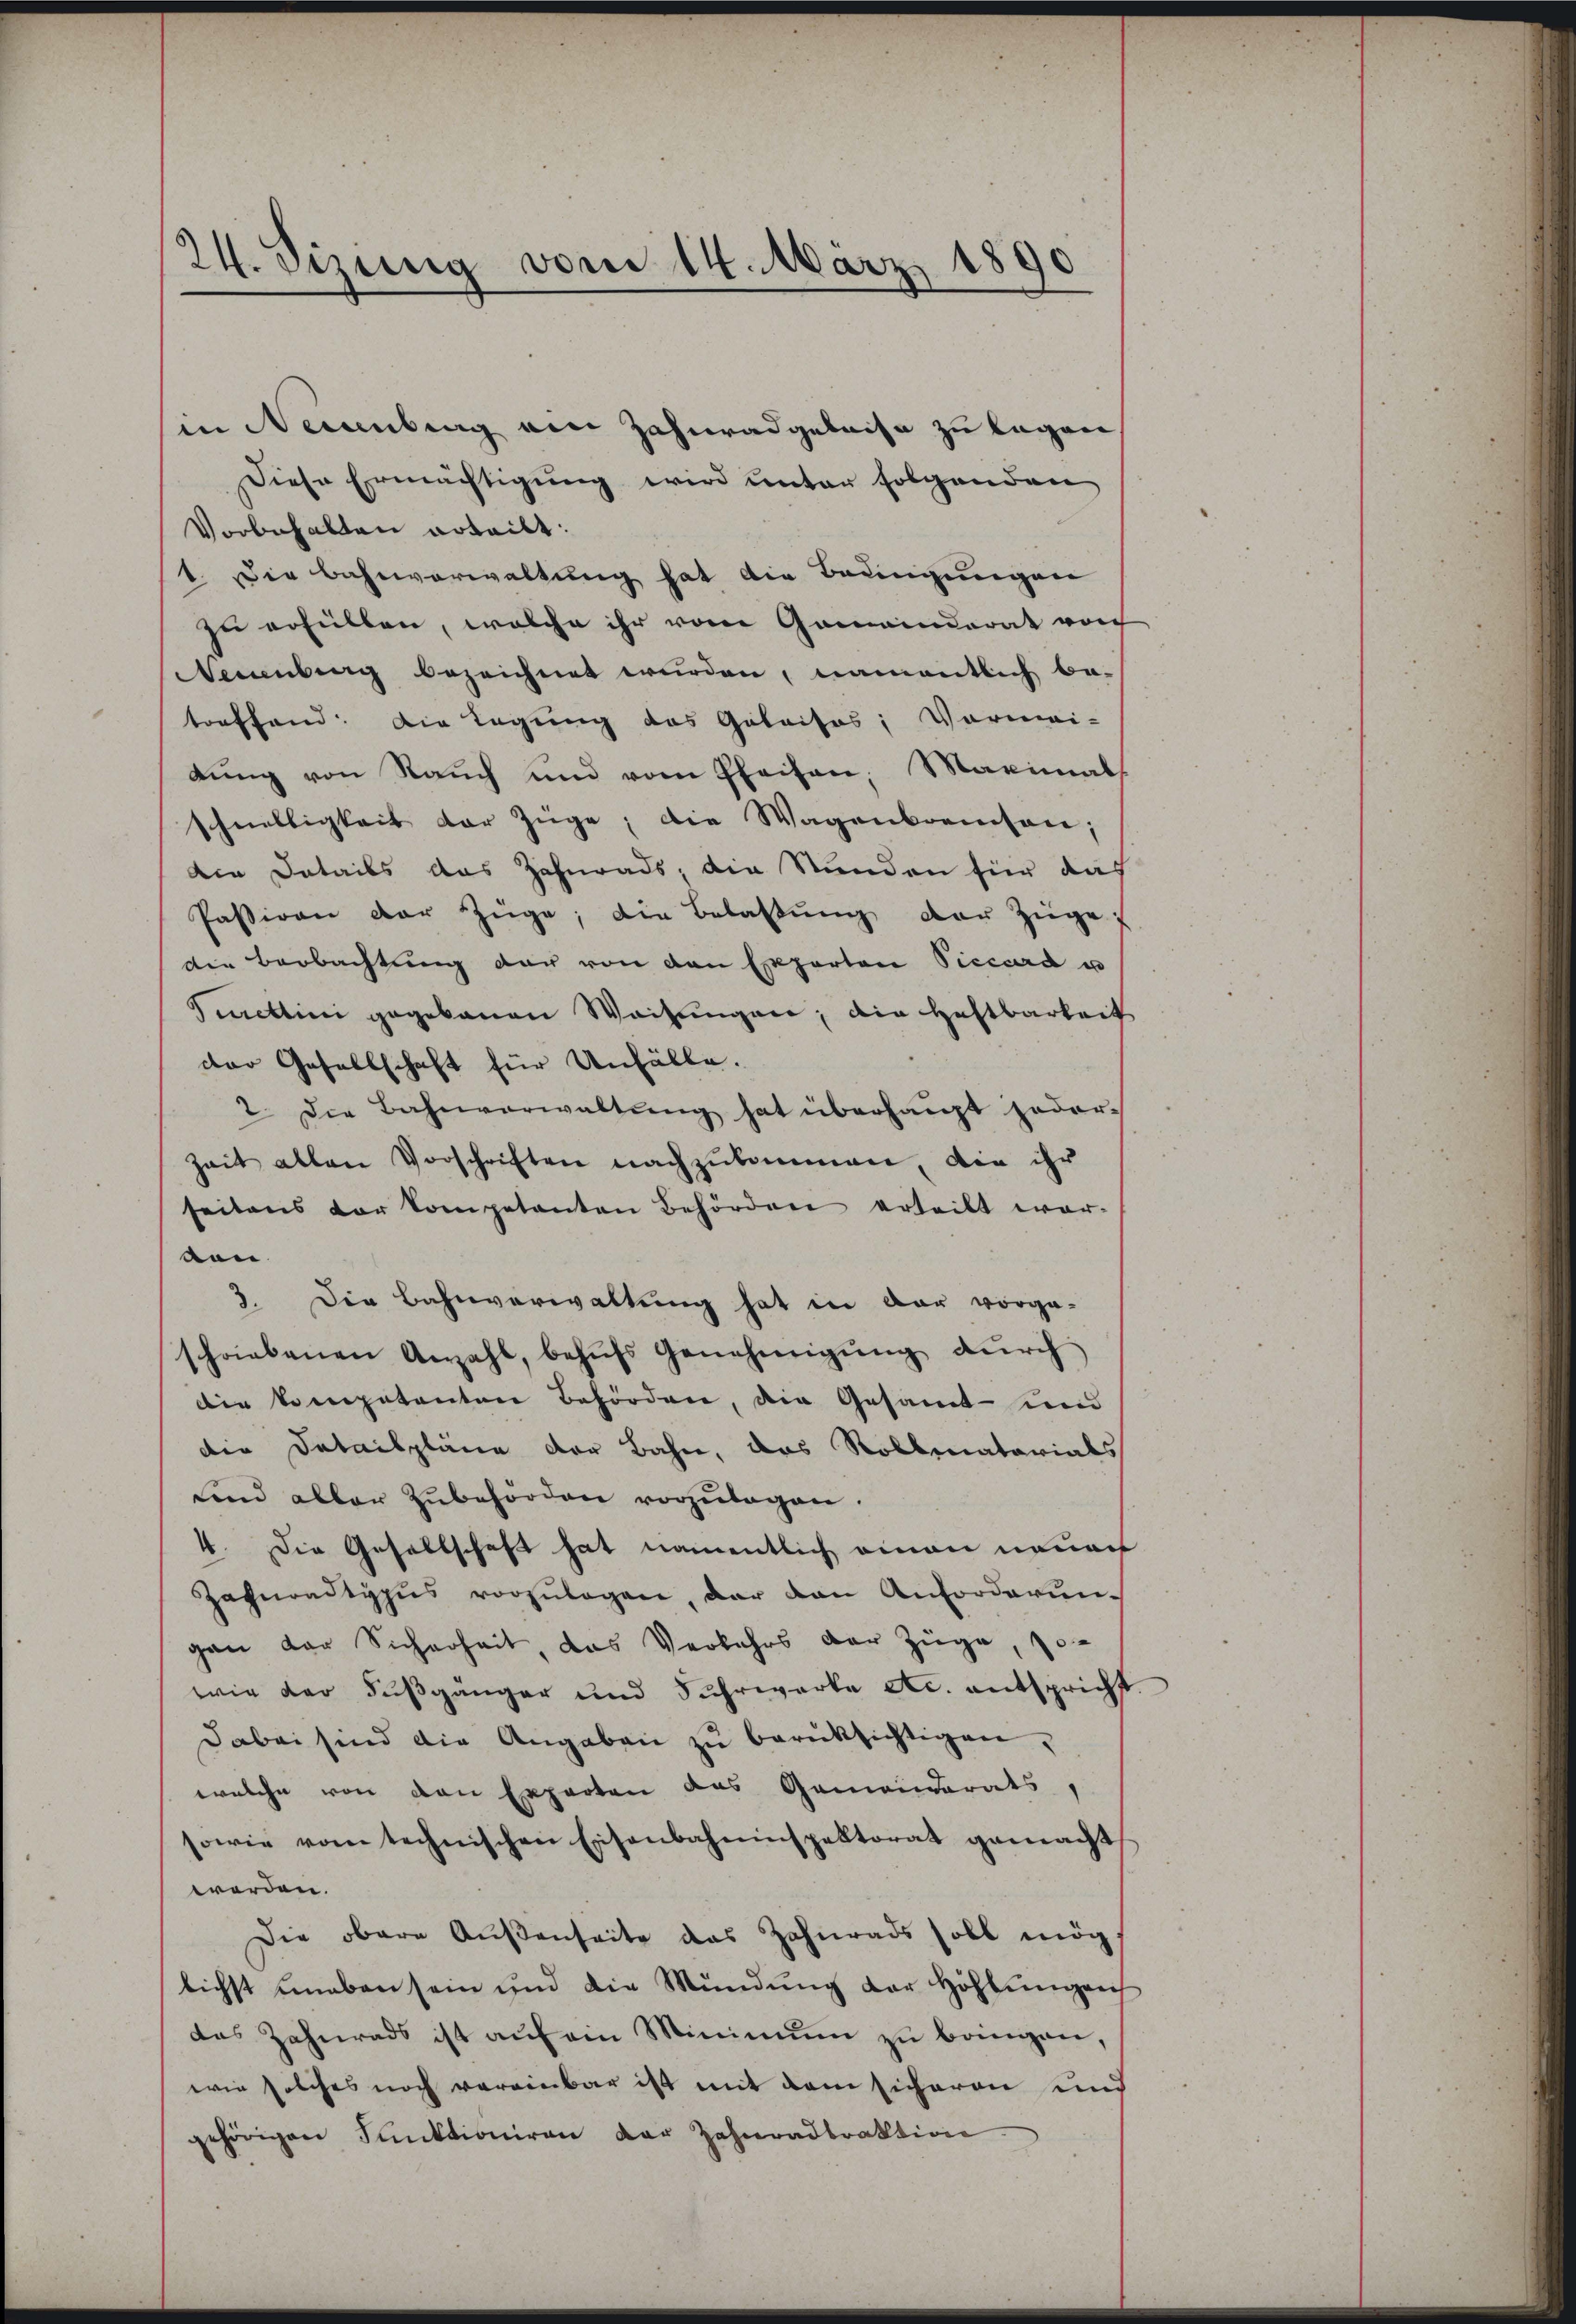
24. Sizung vom 14. März 1890

Diese Ermächtigung wird unter folgenden
Vorbehalten erteilt:
1. Die Bahnverwaltung hat die Bedingungen
zu erfüllen, welche ihr vom Gemeinderat von
Neuenburg bezeichnet wurden, namentlich betoeffend: Die Legung das Gutaisos; Vormai-
dung von Rauch und vom Pfeifen, Maximals
schnelligkeit der Züge, die Wagenbrenten;
Die Details das Zahnrads, die Stunden für das
Passiven der Züge; die Belassŭng der Züge,
die Beobachtung der von den Experton Piccord u
Smettini gegebauen Weisungen, die Haftbarkeit
der Gesellschaft für Unfälle.
2. Die Bahnverwaltŭng hat überhaupt jeder-
Zeit allen Vorschriften nachzukommen, die ihr
seitens der Competenten Behörden erteilt wor-
von
3. Die Bahnverwaltung hat in der vorge-
schriebenen Anzahl, behŭfs Genehmigŭng dŭrch
die kompetenten Behörden, die Gesamt- und
die Detailpläne der Bahn, das Rollenatorials
und aller Zubehörden vorzŭlagen.
4. Die Gesellschaft hat namentlich einen neuen
Zahnondtypus vorzŭlagen, der den Anforderungan der Sicherheit, das Verkehrs der Züge, so-
wie der Fußgänger und Fuhrwerke etc. entspricht
dabei sind die Angaben zu berüksichtigen,
welche von den Experten das Gemeindrats,
sowie vom technischen Eisenbahninspektorat gemacht
werden.
Die obere Außenheite das Zahnrads soll mögt
lichst uneben sein und die Mündŭng der Höhlŭngen
das Zahnrads ist aŭf ein Minimŭm zŭ bringen,
wie solches noch vereinbar ist mit dem sicheren und
gehörigen Funktioniren der Zahnradtraktion

in Neuenburg ein Zahnrad geleise zu legen,